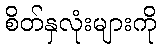
စိတ်နှလုံးများကို